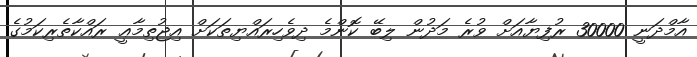
އާމްދަނީ 30000 ރުފިޔާއަށް ވުރެ މަދުން ލިބޭ ކޮންމެ ދިވެހިރައްޔިތަކަށް އިޖުތިމާޢީ ރައްކާތެރިކަމުގެ